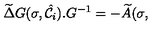
\widetilde { \Delta } G ( \sigma , { \hat { \cal { C } } } _ { i } ) . G ^ { - 1 } = - \widetilde { A } ( \sigma ,